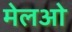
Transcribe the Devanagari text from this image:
मेलओ